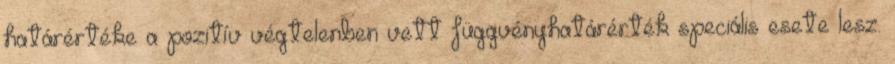
határértéke a pozitív végtelenben vett függvényhatárérték speciális esete lesz.